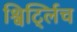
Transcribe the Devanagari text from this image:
श्विर्ट्लिच